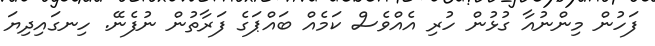
ފަހުން މިންނުއާ ގުޅުން ހުރި އެއްވެސް ކަމެއް ބައްޕަގެ ފަރާތުން ނުފެނޭ. ހިނގައިދިޔަ